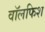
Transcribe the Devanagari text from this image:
वॉलफिश